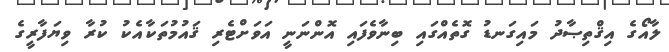
ލާއޯގެ އިޤްތިޞާދު މައިގަނޑު ގޮތެއްގައި ބިނާވެފައި އޮންނަނީ އަވަށްޓެރި ޤައުމުތަކާއެކު ކުރާ ވިޔަފާރީގެ